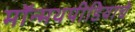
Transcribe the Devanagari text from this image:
मॉन्मथपीडियाचे